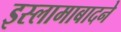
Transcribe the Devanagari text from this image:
इस्लामाबादने